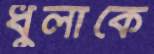
ধুলাকে